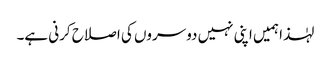
لہٰذا ہمیں اپنی نہیں دوسروں کی اصلاح کرنی ہے۔